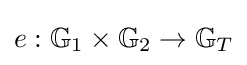
e:\mathbb {G} _{1}\times \mathbb {G} _{2}\rightarrow \mathbb {G} _{T}